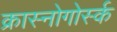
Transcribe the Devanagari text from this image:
क्रास्नोगोर्स्क